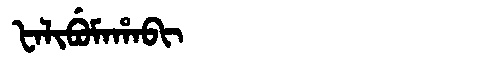
Manchu: ᡶᠠᠯᡳᠪᡠᠮᠠᡥᠠᠪᡳ
Romanization: FALIBUMAHABI